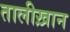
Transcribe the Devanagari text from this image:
तालीख़ान